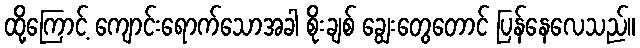
ထို့ကြောင့် ကျောင်းရောက်သောအခါ စိုးချစ် ချွေးတွေတောင် ပြန်နေလေသည်။